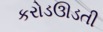
કરોડઊડતી